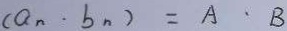
( a _ { n } \cdot b _ { n } ) = A \cdot B